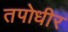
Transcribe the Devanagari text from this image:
तपोधीर